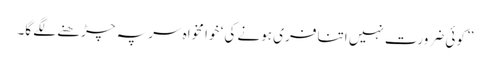
’’کوئی ضرورت نہیں اتنا فری ہونے کی ‘ خوا مخواہ سر پہ چڑھنے لگے گا۔